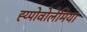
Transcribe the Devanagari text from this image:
ह्य्पोवोलेमिया